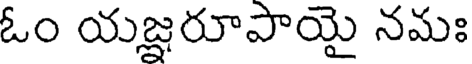
ఓం యజ్ఞరూపాయై నమః